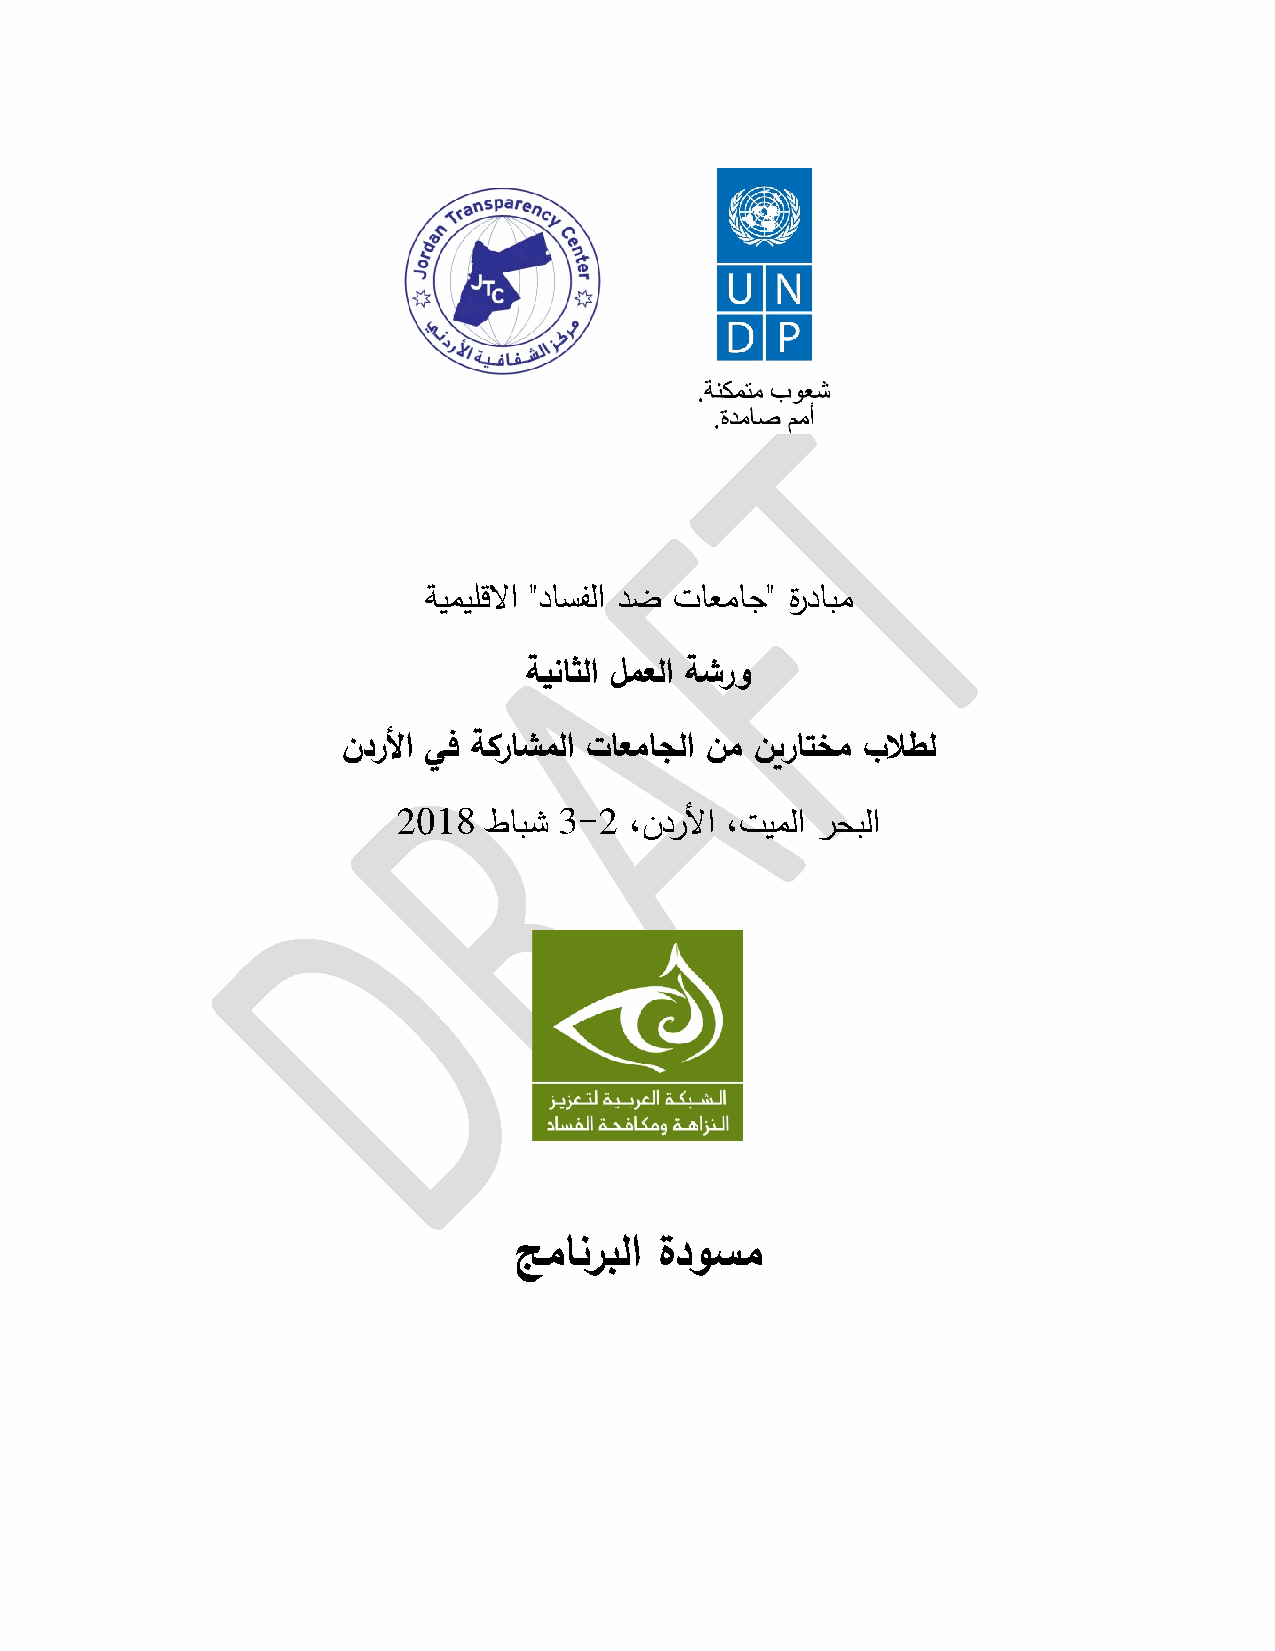
ﺔیمیﻠﻗﻻا "دﺎسﻔﻟا دﻀ تﺎﻌﻤﺎﺠ" ةردﺎبﻤ
 ﺔیﻨﺎثﻟا ﻞمﻌﻟا ﺔﺸرو
 ندرﻷا ﻲﻓ ﺔ�رﺎشمﻟا تﺎﻌﻤﺎجﻟا نﻤ ن�رﺎتخﻤ بﻼطﻟ
 2018  طﺎبﺸ 3-2  ،ندرﻷا ،تیمﻟا رحبﻟا
 ﺞﻤﺎﻨربﻟا ةدوسﻤ